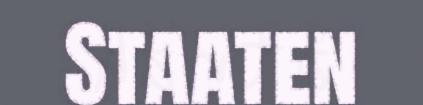
Staaten